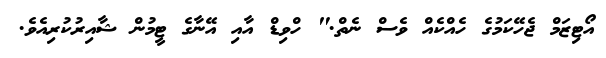
އޯޓިޒަމް ޖެހޭކަމުގެ ހެއްކެއް ވެސް ނެތް." ހްވިޑް އާއި އޭނާގެ ޓީމުން ޝާއިރުކުރިއެވެ.